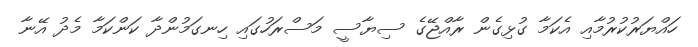
ހައްޔަރުކުރުމާއި އެކަމާ ގުޅިގެން ރާއްޖޭގެ ސިޔާސީ މަސްރަހުގައި ހިނގަމުންދާ ކަންކަމާ މެދު އޭނާ